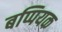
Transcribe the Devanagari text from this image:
बप्पियक